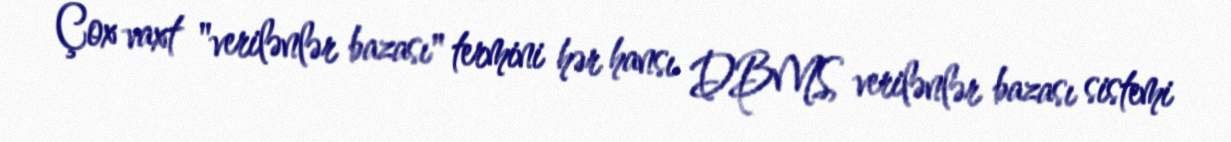
Çox vaxt "verilənlər bazası" termini hər hansı DBMS, verilənlər bazası sistemi